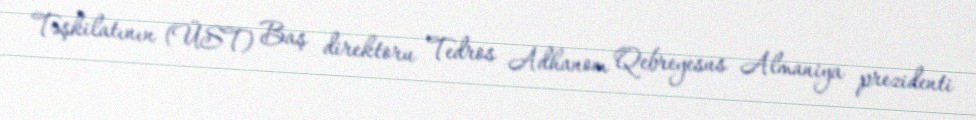
Təşkilatının (ÜST) Baş direktoru Tedros Adhanom Qebreyesus Almaniya prezidenti